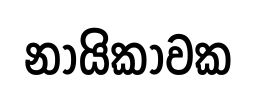
නායිකාවක